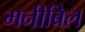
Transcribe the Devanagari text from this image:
मनीबिल